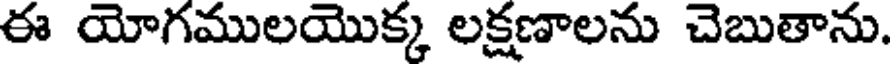
ఈ యోగములయొక్క లక్షణాలను చెబుతాను.